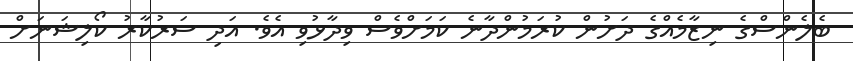
ބެލެންސްގެ ނިޒާމެއްގެ ދަށުން ކުރަމުންދާނެ ކަމަށްވެސް ވިދާޅުވި އެވެ. އަދި ސަރުކާރު ކޯލިޝަނަށް